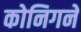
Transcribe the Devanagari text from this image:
कोनिगने